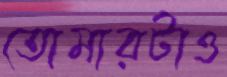
তোমারটাও